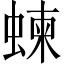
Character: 𧍴